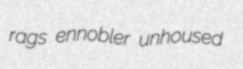
rags ennobler unhoused